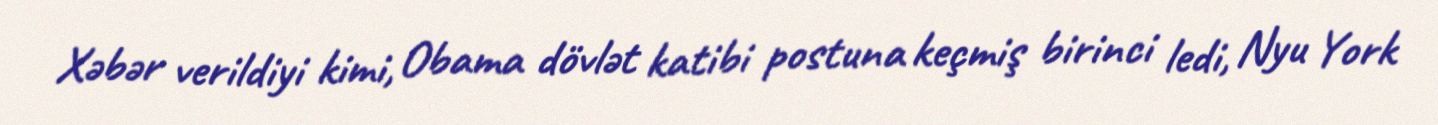
Xəbər verildiyi kimi, Obama dövlət katibi postuna keçmiş birinci ledi, Nyu York